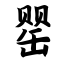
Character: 罂